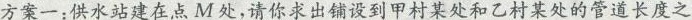
方案一：供水站建在点M处，请你求出铺设到甲村某处和乙村某处的管道长度之